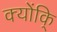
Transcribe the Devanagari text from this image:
क्योंकि्